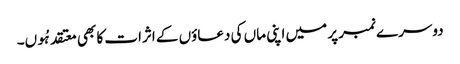
دوسرے نمبر پر میں اپنی ماں کی دعاؤں کے اثرات کا بھی معتقد ہُوں۔